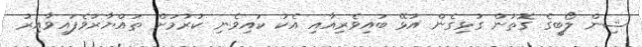
ޝިން ލޯބީގެ ގޮތުން ގުޅިގެން އުޅޭ ބައިވެރިއާއި އެކު ކައިވެނި ކުރުމަށް ތައްޔާރުވެފައިވާއިރު